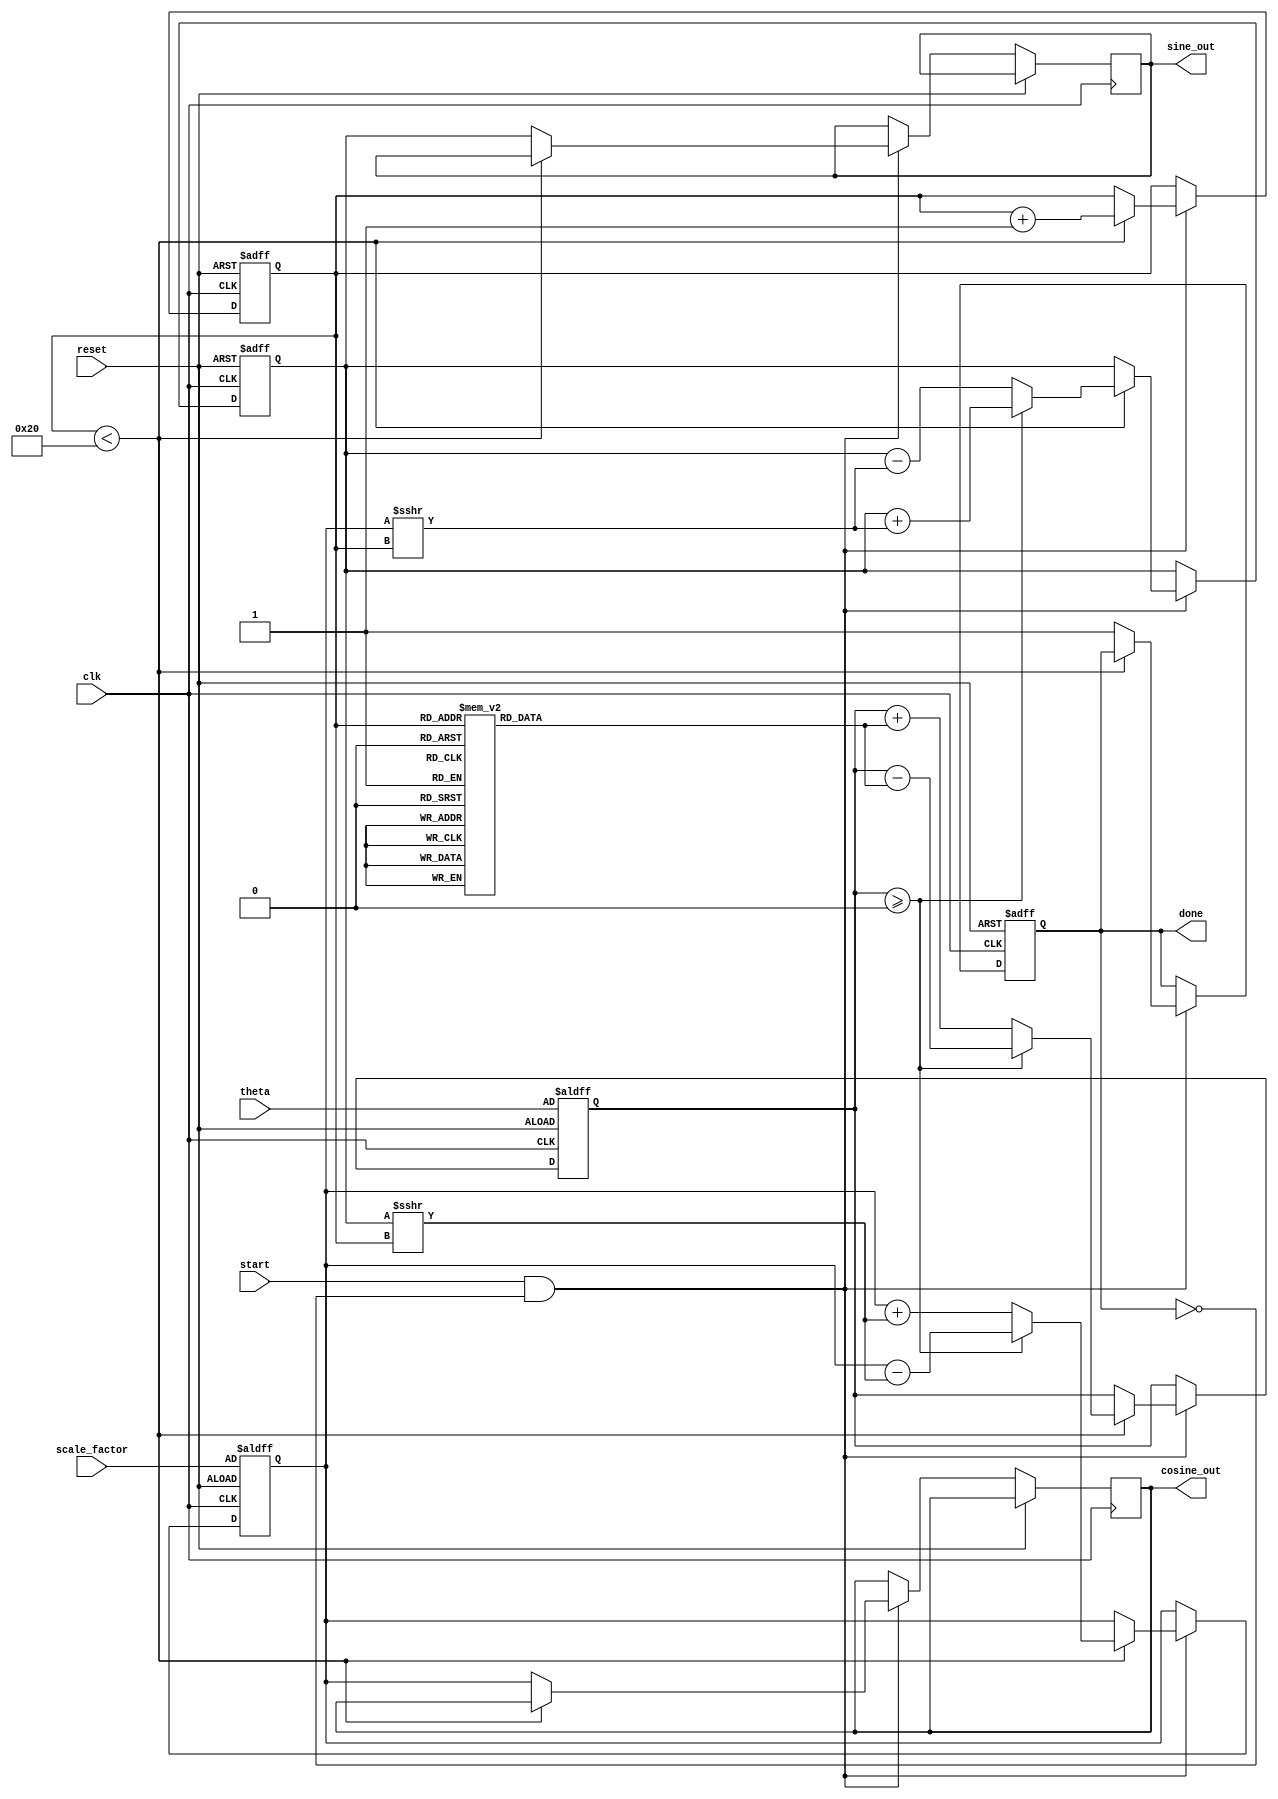
module adaptive_cordic(
    input wire clk,
    input wire reset,
    input wire [31:0] theta, // Input angle in fixed-point format
    input wire [31:0] scale_factor, // Scaling factor
    input wire start,
    output reg [31:0] cosine_out, // Output cosine value
    output reg [31:0] sine_out,   // Output sine value
    output reg done               // Indicates completion of computation
);

    // Parameters
    parameter NUM_ITERATIONS = 32; // Maximum number of iterations
    parameter ANGLE_TABLE_SIZE = 32;
    
    // Internal signals
    reg [31:0] x; // x coordinate
    reg [31:0] y; // y coordinate
    reg [31:0] z; // Current angle
    reg [4:0] iteration_count; // Current iteration count
    reg [31:0] angle_table [0:ANGLE_TABLE_SIZE-1]; // Precomputed arctangent values
    reg adaptive_mode; // Flag for adaptive mode

    initial begin
        // Initialize angle table with arctangent values
        angle_table[0] = 32'h00000000; // atan(0)
        angle_table[1] = 32'h3F19999A; // atan(1/2^1)
        angle_table[2] = 32'h3F666666; // atan(1/2^2)
        angle_table[3] = 32'h3F9DB3D7; // atan(1/2^3)
        angle_table[4] = 32'h3FC90FDB; // atan(1/2^4)
        // ... Initialize remaining values ...
    end

    // Control unit
    always @(posedge clk or posedge reset) begin
        if (reset) begin
            iteration_count <= 0;
            x <= scale_factor; // Initialize x to scaling factor
            y <= 0; // Initialize y to 0
            z <= theta; // Load input angle
            done <= 0;
            adaptive_mode <= 1; // Start in adaptive mode
        end
        else if (start && !done) begin
            if (iteration_count < NUM_ITERATIONS) begin
                // Perform CORDIC rotation
                if (z >= 0) begin
                    // Rotate clockwise
                    x <= x - (y >>> iteration_count);
                    y <= y + (x >>> iteration_count);
                    z <= z - angle_table[iteration_count];
                end else begin
                    // Rotate counter-clockwise
                    x <= x + (y >>> iteration_count);
                    y <= y - (x >>> iteration_count);
                    z <= z + angle_table[iteration_count];
                end
                
                // Increment iteration count
                iteration_count <= iteration_count + 1;
            end else begin
                // Computation done
                cosine_out <= x;
                sine_out <= y;
                done <= 1;
            end
        end
    end

endmodule